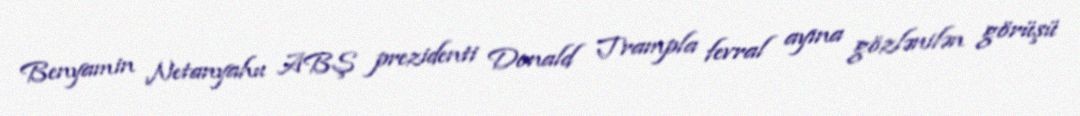
Benyamin Netanyahu ABŞ prezidenti Donald Trampla fevral ayına gözlənilən görüşü